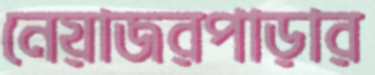
নেয়াজরপাড়ার